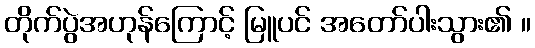
တိုက်ပွဲအဟုန်ကြောင့် မြူပင် အတော်ပါးသွား၏ ။